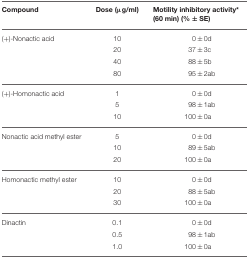
<table><thead><tr><td><b>Compound</b></td><td><b>Dose (μg/ml)</b></td><td><b>Motility inhibitory activity<sup>*</sup> (60 min) (% ± SE)</b></td></tr></thead><tbody><tr><td>(+)-Nonactic acid</td><td>10</td><td>0±0d</td></tr><tr><td></td><td>20</td><td>37±3c</td></tr><tr><td></td><td>40</td><td>88±5b</td></tr><tr><td></td><td>80</td><td>95±2ab</td></tr><tr><td>(+)-Homonactic acid</td><td>1</td><td>0±0d</td></tr><tr><td></td><td>5</td><td>98±1ab</td></tr><tr><td></td><td>10</td><td>100±0a</td></tr><tr><td>Nonactic acid methyl ester</td><td>5</td><td>0±0d</td></tr><tr><td></td><td>10</td><td>89±5ab</td></tr><tr><td></td><td>20</td><td>100±0a</td></tr><tr><td>Homonactic methyl ester</td><td>10</td><td>0±0d</td></tr><tr><td></td><td>20</td><td>88±5ab</td></tr><tr><td></td><td>30</td><td>100±0a</td></tr><tr><td>Dinactin</td><td>0.1</td><td>0±0d</td></tr><tr><td></td><td>0.5</td><td>98±1ab</td></tr><tr><td></td><td>1.0</td><td>100±0a</td></tr></tbody></table>